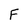
Character: F